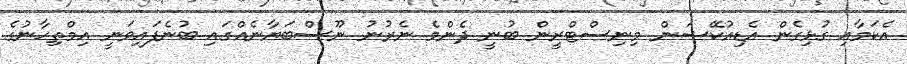
އެކަމާއި ގުޅިގެން އެޑިއުކޭޝަން މިނިސްޓްރީން ބުނީ ދެންމެ ނެރުނު ނޫސްބަޔާނެއްގައި ބުނެފައިވަނީ އިމްތިހާނުގެ